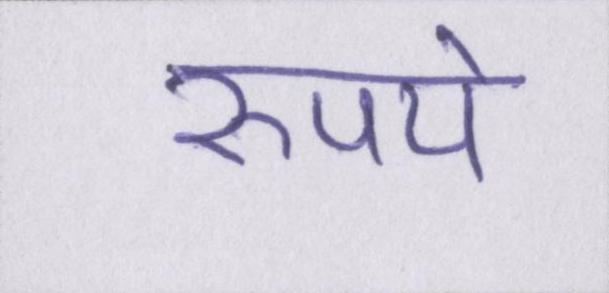
रुपये